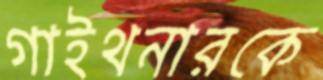
গাইথনারকে